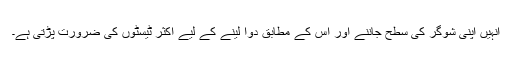
انہیں اپنی شوگر کی سطح جاننے اور اس کے مطابق دوا لینے کے لیے اکثر ٹیسٹوں کی ضرورت پڑتی ہے۔